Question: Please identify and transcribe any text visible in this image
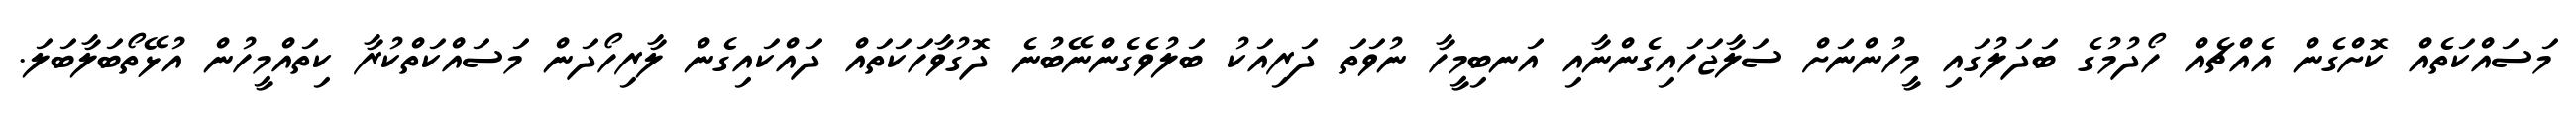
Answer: މަސައްކަތެއް ކޮށްގެން އެއްޗެއް ހޯދުމުގެ ބަދަލުގައި މީހުންނަށް ސަލާޖަހައިގެންނާއި އަނބިމީހާ ނުވަތަ ދަރިއަކު ބަލުވެގެންނޭބުނެ ދޮގުވާހަކަތައް ދައްކައިގެން ލާރިހޯދަން މަސައްކަތްކުރާ ކިތައްމީހުން އުޅޭތޯބަލާބަލަ.